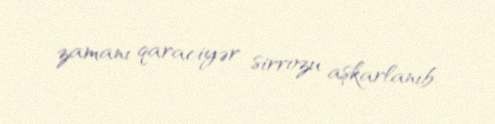
zamanı qaraciyər sirrozu aşkarlanıb.